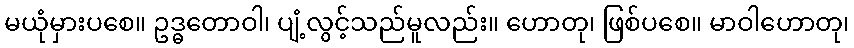
မယုံမှားပစေ။ ဥဒ္ဓတောဝါ၊ ပျံ့လွင့်သည်မူလည်း။ ဟောတု၊ ဖြစ်ပစေ။ မာဝါဟောတု၊